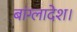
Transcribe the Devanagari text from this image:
बांग्‍लादेश।